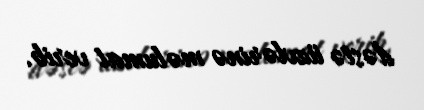
dəstə üzvlərinə məlumat verib.